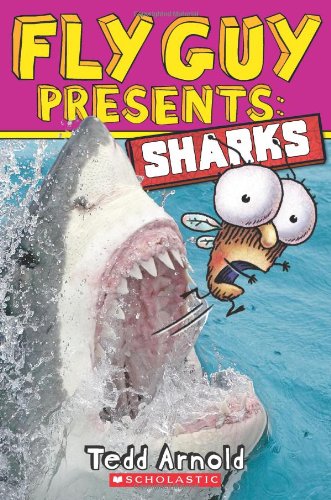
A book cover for Fly Guy Presents: Sharks; Tedd Arnold; Children's Books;